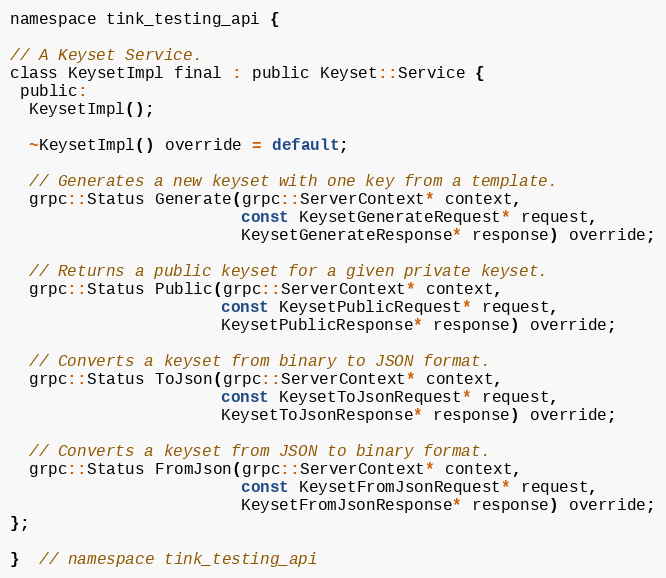
Language: C
namespace tink_testing_api {

// A Keyset Service.
class KeysetImpl final : public Keyset::Service {
 public:
  KeysetImpl();

  ~KeysetImpl() override = default;

  // Generates a new keyset with one key from a template.
  grpc::Status Generate(grpc::ServerContext* context,
                        const KeysetGenerateRequest* request,
                        KeysetGenerateResponse* response) override;

  // Returns a public keyset for a given private keyset.
  grpc::Status Public(grpc::ServerContext* context,
                      const KeysetPublicRequest* request,
                      KeysetPublicResponse* response) override;

  // Converts a keyset from binary to JSON format.
  grpc::Status ToJson(grpc::ServerContext* context,
                      const KeysetToJsonRequest* request,
                      KeysetToJsonResponse* response) override;

  // Converts a keyset from JSON to binary format.
  grpc::Status FromJson(grpc::ServerContext* context,
                        const KeysetFromJsonRequest* request,
                        KeysetFromJsonResponse* response) override;
};

}  // namespace tink_testing_api